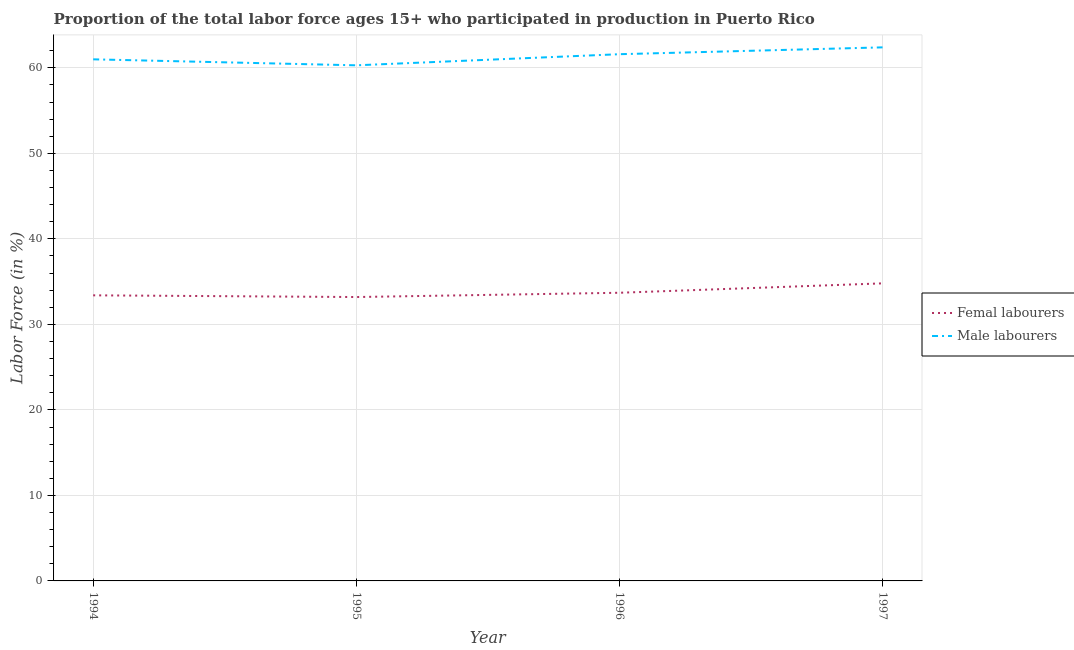
| Year | Femal labourers | Male labourers |
 | --- | --- | --- |
 | 1994 | 33.4 | 61 |
 | 1995 | 33.2 | 60.3 |
 | 1996 | 33.7 | 61.6 |
 | 1997 | 34.8 | 62.4 |